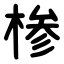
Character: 椮